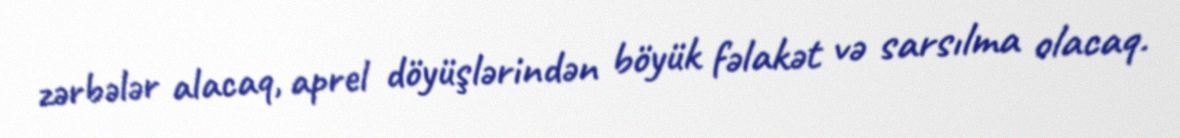
zərbələr alacaq, aprel döyüşlərindən böyük fəlakət və sarsılma olacaq.